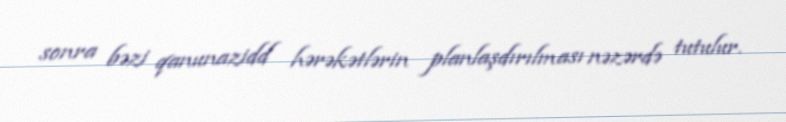
sonra bəzi qanunazidd hərəkətlərin planlaşdırılması nəzərdə tutulur.